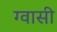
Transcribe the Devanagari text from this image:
ग्वासी